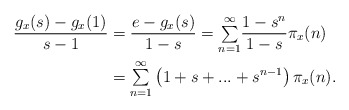
\begin{align*}\dfrac{g_{x}(s)-g_{x}(1)}{s-1} & =\dfrac{e-g_{x}(s)}{1-s}={\textstyle\sum\limits_{n=1}^{\infty}}\frac{1-s^{n}}{1-s}\pi_{x}(n)\\& ={\textstyle\sum\limits_{n=1}^{\infty}}\left( 1+s+...+s^{n-1}\right) \pi_{x}(n).\end{align*}